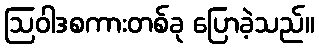
ဩဝါဒစကားတစ်ခု ပြောခဲ့သည်။